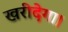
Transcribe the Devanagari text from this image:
खरीदेगा।